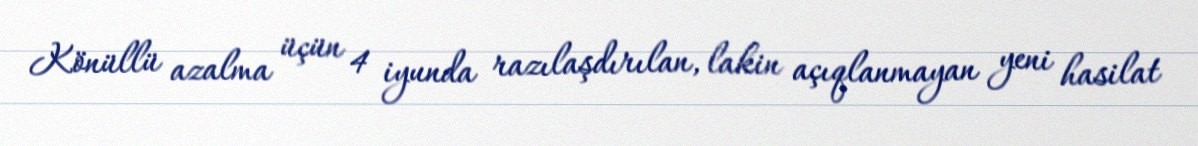
Könüllü azalma üçün 4 iyunda razılaşdırılan, lakin açıqlanmayan yeni hasilat